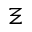
\Xi